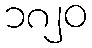
၁၈၂၀